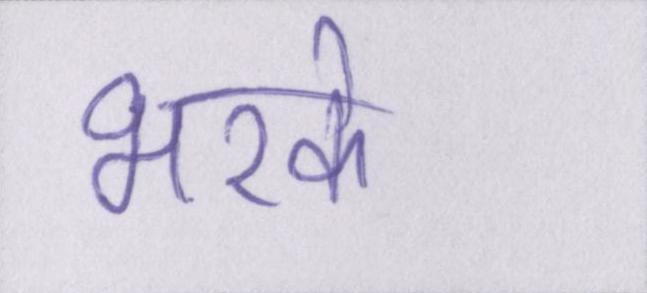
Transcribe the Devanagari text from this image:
भरके